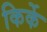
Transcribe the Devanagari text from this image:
किर्के